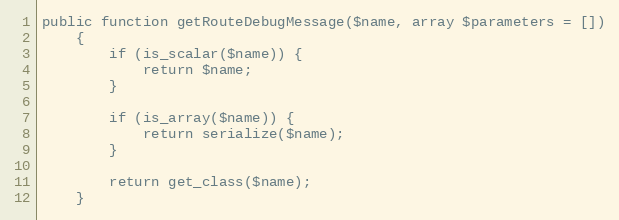
Language: PHP
public function getRouteDebugMessage($name, array $parameters = [])
    {
        if (is_scalar($name)) {
            return $name;
        }

        if (is_array($name)) {
            return serialize($name);
        }

        return get_class($name);
    }